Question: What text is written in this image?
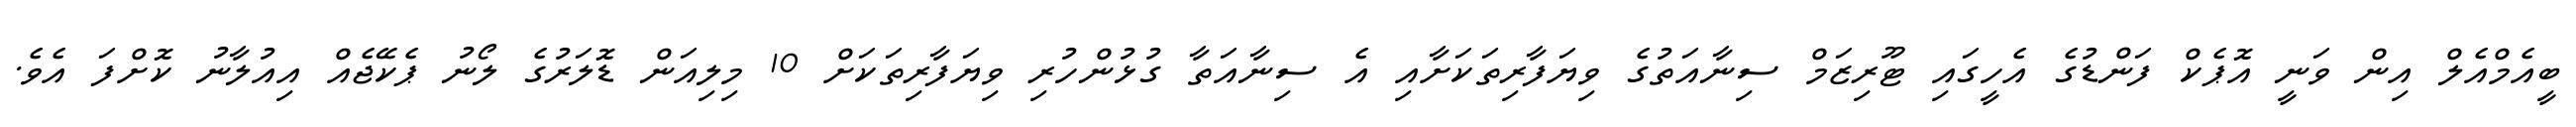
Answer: ބީއެމްއެލް އިން ވަނީ އޮޕެކް ފަންޑުގެ އެހީގައި ޓޫރިޒަމް ސިނާއަތުގެ ވިޔަފާރިތަކަށާއި އެ ސިނާއަތާ ގުޅުންހުރި ވިޔަފާރިތަކަށް 10 މިލިއަން ޑޮލަރުގެ ލޯނު ޕެކޭޖެއް އިއުލާނު ކޮށްފަ އެވެ.